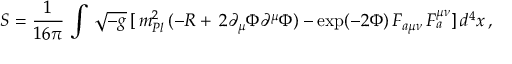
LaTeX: S = \frac { 1 } { 1 6 \pi } \, \int \, \sqrt { - g } \, [ \, m _ { P l } ^ { 2 } \, ( - R + \, 2 \partial _ { \mu } \Phi \partial ^ { \mu } \Phi ) - \exp ( - 2 \Phi ) \, F _ { a \mu \nu } \, F _ { a } ^ { \mu \nu } ] \, d ^ { 4 } x \, ,